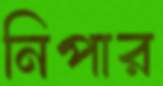
নিপার